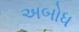
અબોધ